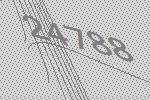
24788